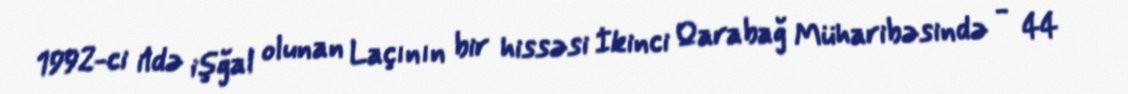
1992-ci ildə işğal olunan Laçının bir hissəsi İkinci Qarabağ Müharibəsində - 44